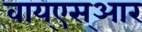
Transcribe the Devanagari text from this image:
वाय्‌एस्‌आर